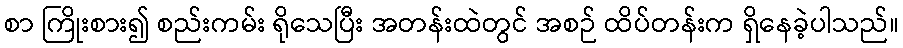
စာ ကြိုးစား၍ စည်းကမ်း ရိုသေပြီး အတန်းထဲတွင် အစဉ် ထိပ်တန်းက ရှိနေခဲ့ပါသည်။